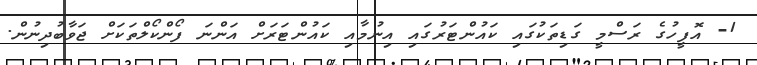
1- އޮފީހުގެ ރަސްމީ ގަޑިތަކުގައި ކައުންޓަރުގައި އިނުމާއި ކައުންޓަރަށް އަންނަ ފޯންކޯލްތަކަށް ޖަވާބުދިނުން.